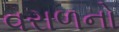
વરાળનો